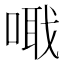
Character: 𠺵